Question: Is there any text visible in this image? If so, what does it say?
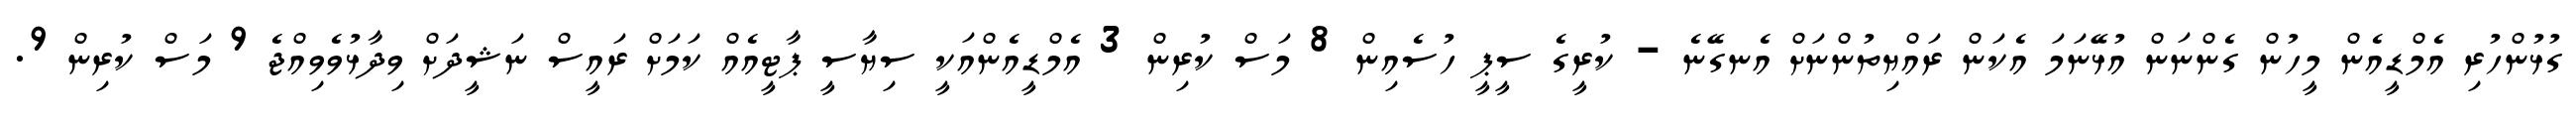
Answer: ގުޅުންހުރި އެމްޑީއެން މީހުން ގެންނަން އުޅޭނަމަ އެކަން ރައްޔިތުންނަށް އެނގޭނެ - ކުރީގެ ސީޕީ ހުސެއިން 8 މަސް ކުރިން 3 އެމްޑީއެންއަކީ ސިޔާސީ ޕާޓީއެއް ކަމަށް ރައީސް ނަޝީދަށް ވިދާޅުވެވިއްޖެ 9 މަސް ކުރިން 9.